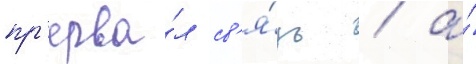
пр'ерва́л св'я́зь / а́